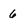
Character: 6